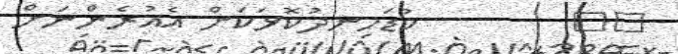
٢٤        ކުޑަހިނދުކޮޅަކަށް އެއުރެންނަށް